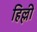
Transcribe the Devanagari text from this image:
हिल्ली